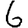
Digit: 6